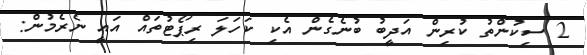
2 ސިކުންތު ކުރިން އަދީބު ބުނެގެން އެކި ކަހަލަ ރިޕޯޓުތައް އައީ ނެރެމުން: